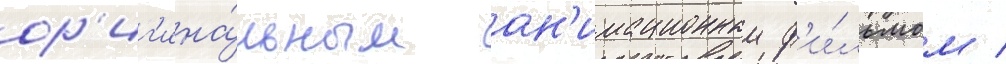
ор'иг'ина́льным ан'имационным ф'и́льмом /